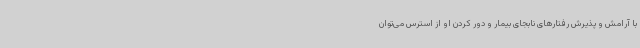
با آرامش و پذیرش رفتارهای نابجای بیمار و دور کردن او از استرس می‌توان